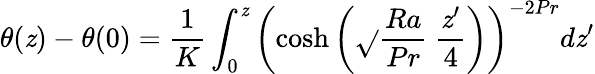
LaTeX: \theta(\mathit{z})-\theta(0)=\frac{{1}}{{K}}\int_{0}^{\mathit{z}}\left(\cosh{\left(\sqrt{}{{\frac{{Ra}}{{Pr}}}}\ \frac{{\mathit{z}^{\prime}}}{{4}}\right)}\right)^{-2Pr}d\mathit{z}^{\prime}